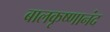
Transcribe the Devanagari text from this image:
बालकृष्णानंद